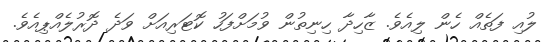
ލުއި ފަތެއް ހެން ލިއެވެ. ޒާހިދާ ހިނިތުން ވުމަށްފަހު ކޮޓަރިއަށް ވަދެ ދޮރުލެއްޕިއެވެ.